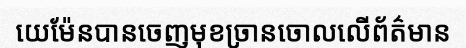
យេម៉ែនបានចេញមុខច្រានចោលលើព័ត៌មាន